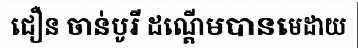
ជឿន ចាន់បូរី ដណ្តើមបានមេដាយ